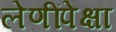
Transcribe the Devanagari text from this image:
लेणींपेक्षा